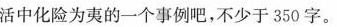
活中化险为夷的一个事例吧，不少于350字。